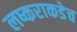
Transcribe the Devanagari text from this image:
लष्कराकडेच